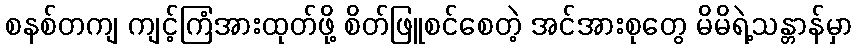
စနစ်တကျ ကျင့်ကြံအားထုတ်ဖို့ စိတ်ဖြူစင်စေတဲ့ အင်အားစုတွေ မိမိရဲ့သန္တာန်မှာ